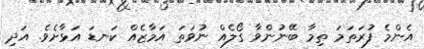
އެންމެ ފުރަތަމަ ތިމާ ބޭނުންވާ ގޯލެއް ނުވަތަ އަމާޒެއް ކަނޑަ އަޅާށެވެ. އަދި